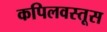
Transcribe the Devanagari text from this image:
कपिलवस्तूस